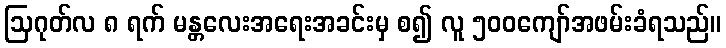
ဩဂုတ်လ ၈ ရက် မန္တလေးအရေးအခင်းမှ စ၍ လူ ၅၀၀ကျော်အဖမ်းခံရသည်။